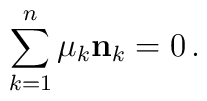
\sum_{k=1}^n \mu_k {\bf n}_k=0\, .